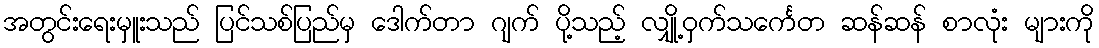
အတွင်းရေးမှူးသည် ပြင်သစ်ပြည်မှ ဒေါက်တာ ဂျက် ပို့သည့် လျှို့ဝှက်သင်္ကေတ ဆန်ဆန် စာလုံး များကို